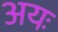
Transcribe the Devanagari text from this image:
अयः